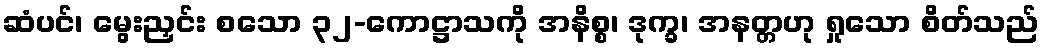
ဆံပင်၊ မွေးညှင်း စသော ၃၂-ကောဋ္ဌာသကို အနိစ္စ၊ ဒုက္ခ၊ အနတ္တဟု ရှုသော စိတ်သည်